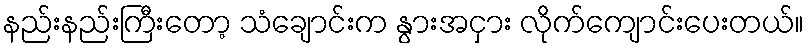
နည်းနည်းကြီးတော့ သံချောင်းက နွားအငှား လိုက်ကျောင်းပေးတယ်။